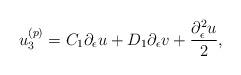
LaTeX: \begin{align*}u_3^{(p)}=C_1\partial_\epsilon u +D_1\partial_\epsilon v+\frac{\partial_\epsilon^2 u}{2},\end{align*}